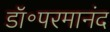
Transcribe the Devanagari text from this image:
डॉ॰परमानंद